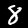
Digit: 8